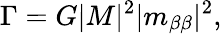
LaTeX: \Gamma=G|M|^{2}|m_{\beta\beta}|^{2},